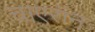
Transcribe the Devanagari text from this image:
चाएरॉन